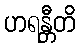
ဟရန္တီတိ